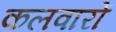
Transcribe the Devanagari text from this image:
कलवारों